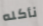
نأكله